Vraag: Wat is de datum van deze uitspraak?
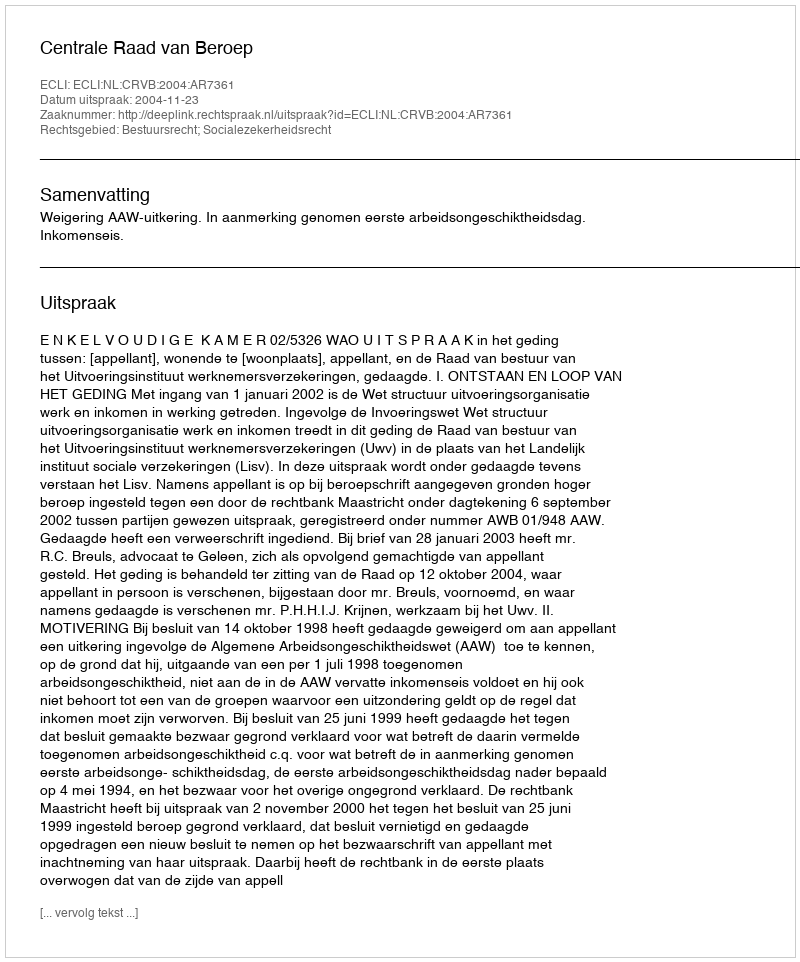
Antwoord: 2004-11-23